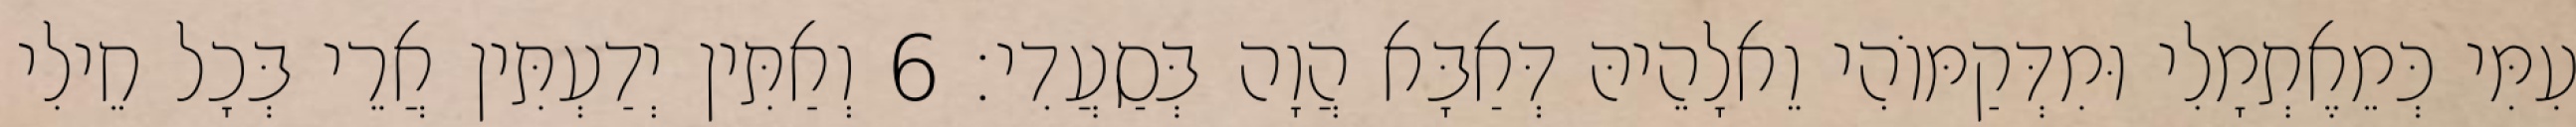
עִמִּי כְּמֵאֶתְמָלִי וּמִדְּקַמּוֹהִי וֵאלָהֵיהּ דְּאַבָּא הֲוָה בְּסַעֲדִי׃ 6 וְאַתִּין יְדַעְתִּין אֲרֵי בְּכָל חֵילִי